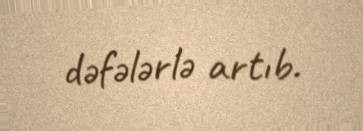
dəfələrlə artıb.